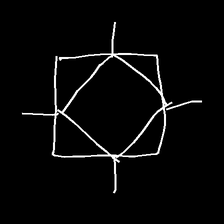
Glyph: light